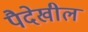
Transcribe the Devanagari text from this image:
पैदेखील